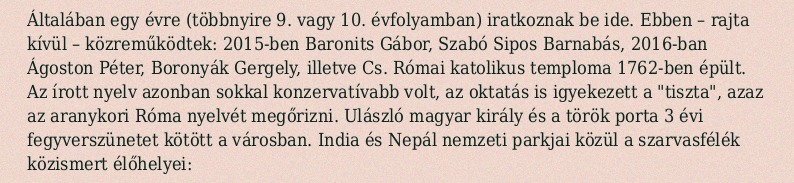
Általában egy évre (többnyire 9. vagy 10. évfolyamban) iratkoznak be ide. Ebben – rajta kívül – közreműködtek: 2015-ben Baronits Gábor, Szabó Sipos Barnabás, 2016-ban Ágoston Péter, Boronyák Gergely, illetve Cs. Római katolikus temploma 1762-ben épült. Az írott nyelv azonban sokkal konzervatívabb volt, az oktatás is igyekezett a "tiszta", azaz az aranykori Róma nyelvét megőrizni. Ulászló magyar király és a török porta 3 évi fegyverszünetet kötött a városban. India és Nepál nemzeti parkjai közül a szarvasfélék közismert élőhelyei: